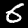
Label: 6